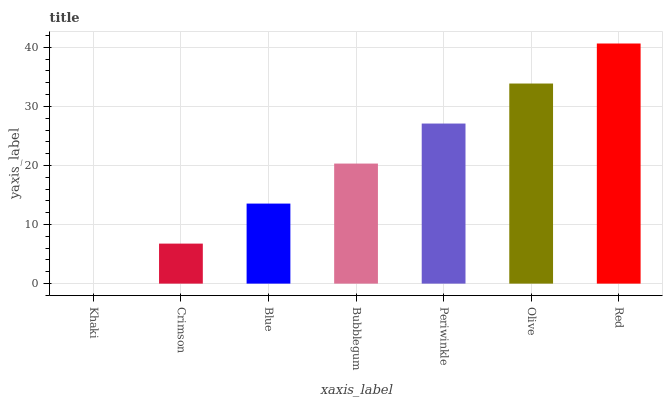
| xaxis_label | bars |
 | --- | --- |
 | Khaki | 0 |
 | Crimson | 6.78 |
 | Blue | 13.6 |
 | Bubblegum | 20.3 |
 | Periwinkle | 27.1 |
 | Olive | 33.9 |
 | Red | 40.7 |